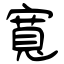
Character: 寬